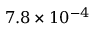
7 . 8 \times 1 0 ^ { - 4 }